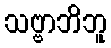
သဗ္ဗာဘိဘူ